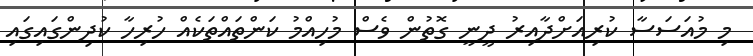
މި މުއަސަސާ ކުރިއަށްދާއިރު ދީނީ ގޮތުން ވެސް މުހިއްމު ކަންތައްތަކެއް ހުރިހާ ކުދިންގައިގައި